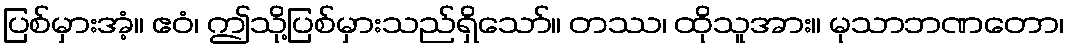
ပြစ်မှားအံ့။ ဧဝံ၊ ဤသို့ပြစ်မှားသည်ရှိသော်။ တဿ၊ ထိုသူအား။ မုသာဘဏတော၊